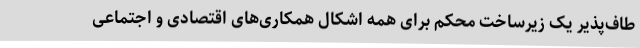
طاف‌پذیر یک زیرساخت محکم برای همه اشکال همکاری‌های اقتصادی و اجتماعی